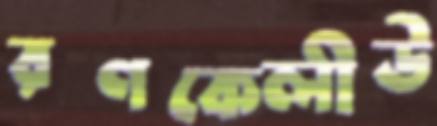
রণকেলীউ